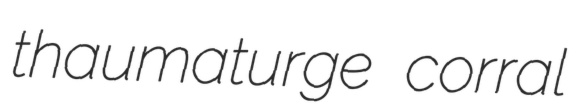
thaumaturge corral